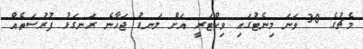
މެޗުގެ 30 ވަނަ މިނެޓުގައި ވިކްޓަރީ އަށް ލަނޑު ޖަހާނެ ރަނގަޅު ފުރުސަތެއް